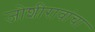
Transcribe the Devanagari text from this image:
जोशीरावांचा